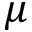
\mu